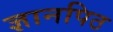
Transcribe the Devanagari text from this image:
ज्ञानपिठ